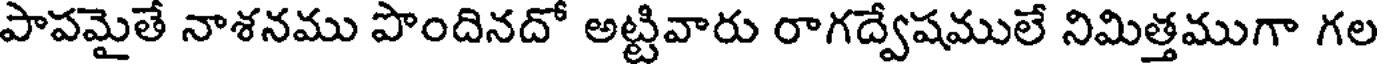
పాపమైతే నాశనము పొందినదో అట్టివారు రాగద్వేషములే నిమిత్తముగా గల